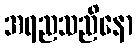
အရညသညိနော